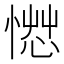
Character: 𰒂